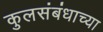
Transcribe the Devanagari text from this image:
कुलसंबंधाच्या